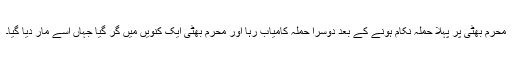
محرم بھٹی پر پہلا حملہ نکام ہونے کے بعد دوسرا حملہ کامیاب رہا اور محرم بھٹی ایک کنویں میں گر گیا جہاں اسے مار دیا گیا۔